Annual report of the Madras Medical College
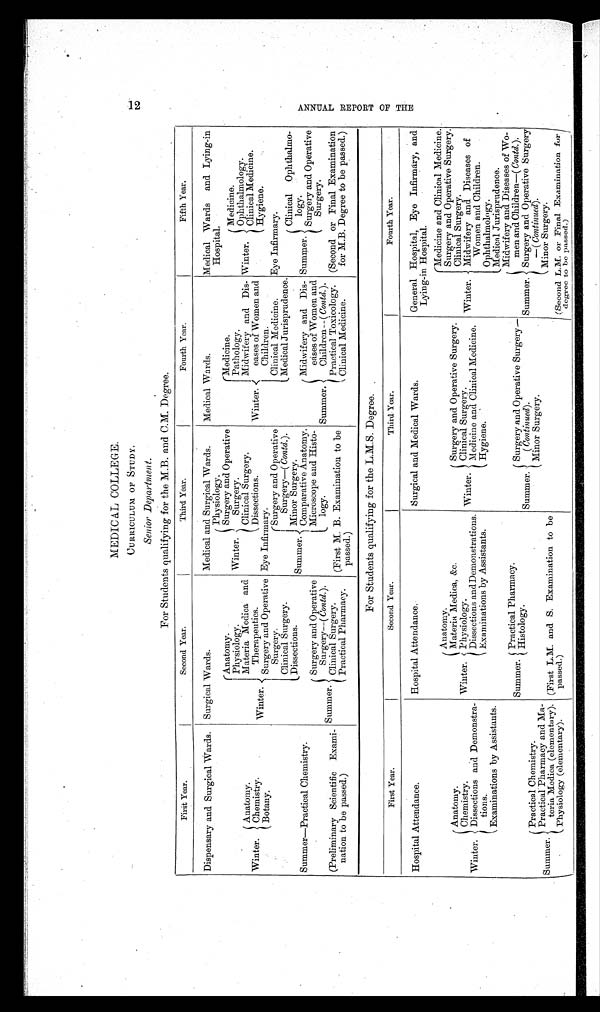
MEDICAL COLLEGE.
CURRICULUM OF STUDY.
Senior Department.
For Students qualifying for the M.B. and C.M. Degree.
First Year.
Second Year.
Third Year.
Fourth Year.
Fifth Year.
Dispensary and Surgical Wards. Surgical Wards.
Medical and Surgical Wards.
Medical Wards.
Medical Wards and Lying-in
Hospital.
Winter.
Physiology.
Winter.
Anatomy.
Surgery and Operative
Surgery
Winter.
Medicine.
Winter.
Medicine.
Pathology.
Physiology.
Ophthalmology.
Materia Medica and
Therapeutics.
C l i n i c a l
Surgery.
Midwifery and Dis-
eases of Women and
Children..
Winter.
Anatomy.
Clinical Medicine.
Dissections.
Chemistry.
Hygiene.
Surgery and Operative
Surgery.
Eye Infirm
a r y .
Botany.
Summer.
S u r g e r y a n d O p e r a t i v e
Surgery—( Contd. ).
Clinical Medicine.
Eye Infirmary.
Clinical Surgery.
Medical Jurisprudence.
Summer.
Clinical Ophthalmo-
logy.
Dissections.
Minor Surgery.
Summer—Practical Chemistry.
Comparative Anatomy.
Summer.
Midwifery and Dis-
eases of Women and
Children —( Contd. ).
Summer.
Surgery and Operative
Surgery—( Contd. ).
Surgery and Operative
Surgery.
Microscope and Histo-
logy.
(Second or Final Examination
for M.B. Degree to be passed.)
(Preliminary Scientific Exami-
nation to be passed.)
Clinical Surgery.
Practical Toxicology.
(First M. B . Examination to be
passed.)
Practical Pharmacy.
Clinical Medicine.
For Students qualifying for the L.M.S. Degree.
First Year.
Second Year.
T h i r d Y e a r .
Fourth Year.
Hospital Attendance.
Hospital Attendance.
Surgical and Medical Wards.
General Hospital, Eye Infirmary, and
Lying-in Hospital.
Winter.
Anatomy.
Winter.
Medicine and Clinical Medicine.
Surgery and Operative Surgery.
Winter.
Anatomy.
Materia Medica, &c.
Winter.
Surgery and Operative Surgery.
Clinical Surgery.
Physiology.
Clinical Surgery.
Chemistry.
Midwifery and Diseases of
Women and Children.
Medicine and Clinical Medicine.
Dissections and Demonstrations.
Dissections and Demonstra-
t i o n s .
Examinations by Assistants.
Hygiene.
Ophthalmology.
Examinations by Assistants.
Medical Jurisprudence.
Summer. Practical Pharmacy.
Summer.
Surgery and Operative Surgery—
( Continued).
Summer.
Midwifery and Diseases of Wo-
men and Children—( Contd. ).
Histology.
Surgery and Operative Surgery
—( Continued).
Summer.
Practical Chemistry.
Minor Surgery.
Practical Pharmacy and Ma-
terra Modica (elementary). (First L.M. and S. Examination to be
passed.)
Minor Surgery.
(Second L.M. or Final Examination for
degree to be passed.)
Physiology (elementary).
A N N U A L R E P O R T O F T H E